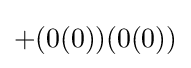
+(0(0))(0(0))